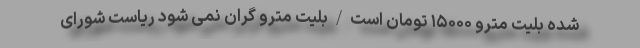
شده بلیت مترو ۱۵۰۰۰ تومان است/بلیت مترو گران نمی شود ریاست شورای